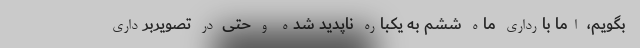
بگویم، اما بارداری ماه ششم به یکباره ناپدید شده و حتی در تصویربرداری